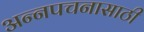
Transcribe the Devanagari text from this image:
अन्‍नपचनासाठी